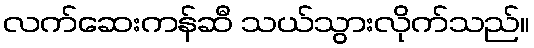
လက်ဆေးကန်ဆီ သယ်သွားလိုက်သည်။